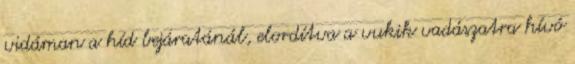
vidáman a híd bejáratánál, elordítva a vukik vadászatra hívó